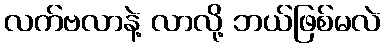
လက်ဗလာနဲ့ လာလို့ ဘယ်ဖြစ်မလဲ